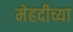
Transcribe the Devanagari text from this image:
मेहदीच्या